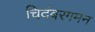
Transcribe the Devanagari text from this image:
चिदंबरगमन